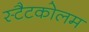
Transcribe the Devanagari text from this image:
स्टैटकोलम